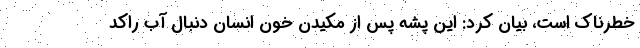
خطرناک است، بیان کرد: این پشه پس از مکیدن خون انسان دنبال آب راکد